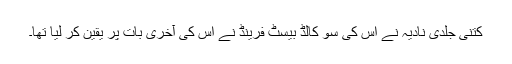
کتنی جلدی نادیہ نے اس کی سو کالڈ بیسٹ فرینڈ نے اس کی آخری بات پر یقین کر لیا تھا۔